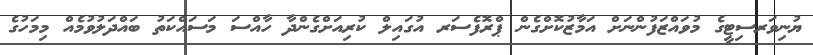
ޔުނިވަރސިޓީގެ މުވައްޒަފުންނަށް އަމާޒުކޮށްގެން ޕްރޮފެސަރ އުގައިލް ކުރިއަށްގެންދާ ހާއްސަ މަސައްކަތު ބައްދަލުވުމެއް މިމަހުގެ